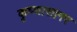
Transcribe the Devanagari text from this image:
कृष्णासागर